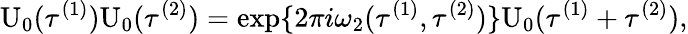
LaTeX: \mathrm{U}_{0}({\tau}^{(1)})\mathrm{U}_{0}({\tau}^{(2)})=\exp\{ 2\pi i{\omega}_{2}({\tau}^{(1)},{\tau}^{(2)})\} \mathrm{U}_{0}({\tau}^{(1)}+{\tau}^{(2)}),